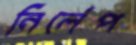
নির্লেপ